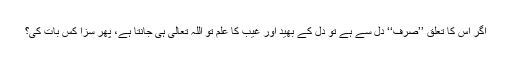
اگر اس کا تعلق ’’صرف‘‘ دل سے ہے تو دل کے بھید اور غیب کا علم تو اللہ تعالیٰ ہی جانتا ہے، پھر سزا کس بات کی؟